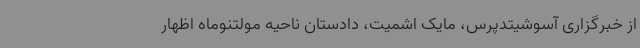
از خبرگزاری آسوشیتدپرس، مایک اشمیت، دادستان ناحیه مولتنوماه اظهار